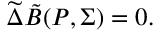
\widetilde { \Delta } { \tilde { B } } ( P , { \Sigma } ) = 0 .